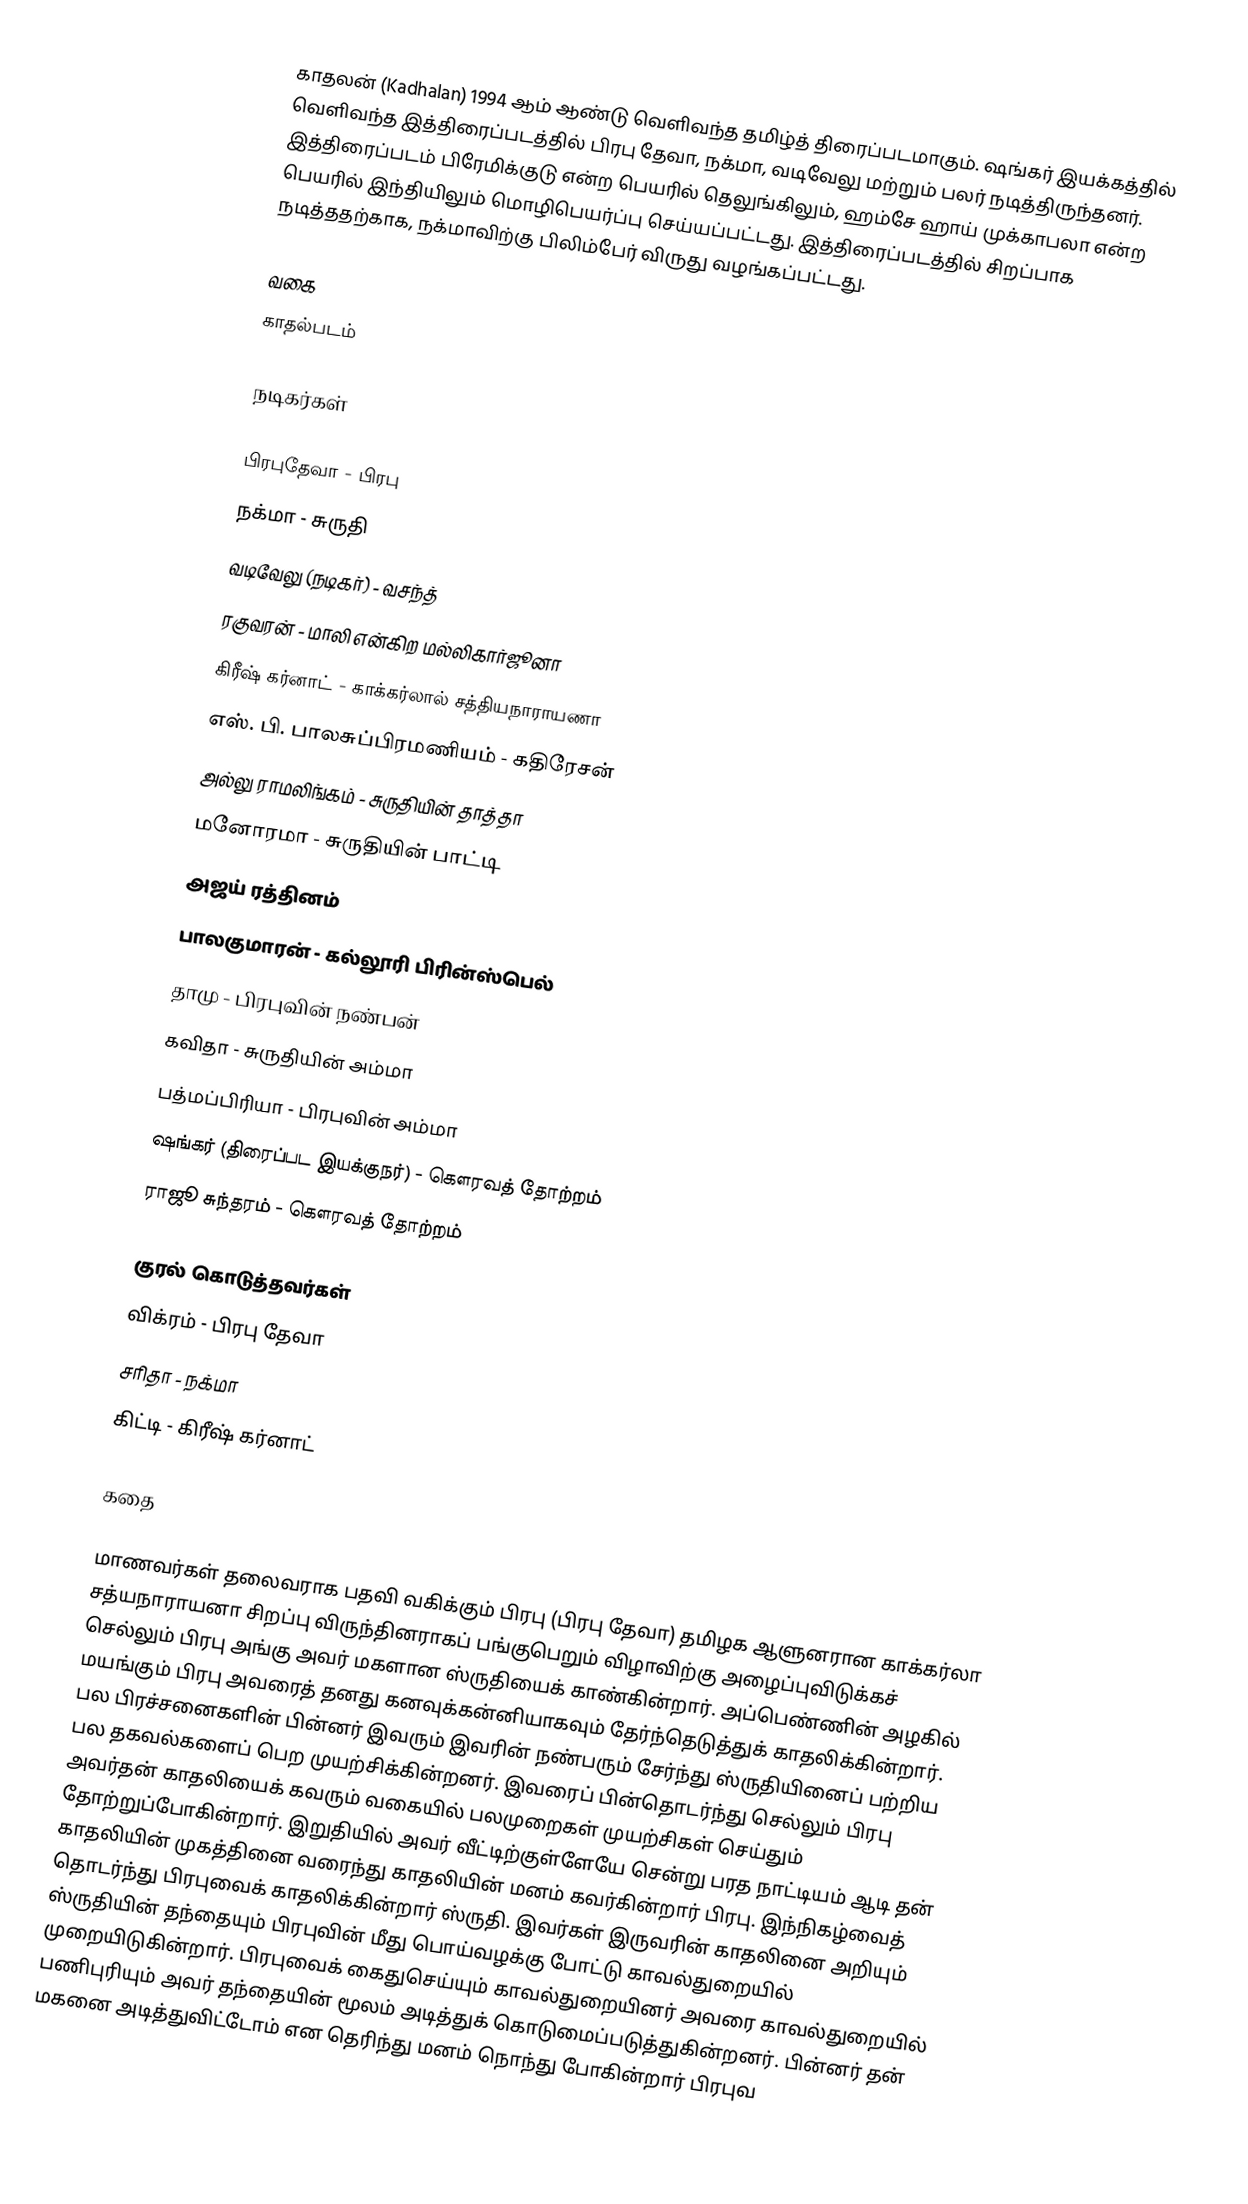
காதலன் (Kadhalan) 1994 ஆம் ஆண்டு வெளிவந்த தமிழ்த் திரைப்படமாகும். ஷங்கர் இயக்கத்தில் வெளிவந்த இத்திரைப்படத்தில் பிரபு தேவா, நக்மா, வடிவேலு மற்றும் பலர் நடித்திருந்தனர். இத்திரைப்படம் பிரேமிக்குடு என்ற பெயரில் தெலுங்கிலும், ஹம்சே ஹாய் முக்காபலா என்ற பெயரில் இந்தியிலும் மொழிபெயர்ப்பு செய்யப்பட்டது. இத்திரைப்படத்தில் சிறப்பாக நடித்ததற்காக, நக்மாவிற்கு பிலிம்பேர் விருது வழங்கப்பட்டது.

வகை
காதல்படம்

நடிகர்கள்

 பிரபுதேவா - பிரபு
 நக்மா - சுருதி
 வடிவேலு (நடிகர்) - வசந்த்
 ரகுவரன் - மாலி என்கிற மல்லிகார்ஜூனா
 கிரீஷ் கர்னாட் - காக்கர்லால் சத்தியநாராயணா
 எஸ். பி. பாலசுப்பிரமணியம் - கதிரேசன்
 அல்லு ராமலிங்கம் - சுருதியின் தாத்தா
 மனோரமா - சுருதியின் பாட்டி
 அஜய் ரத்தினம்
 பாலகுமாரன் - கல்லூரி பிரின்ஸ்பெல்
 தாமு - பிரபுவின் நண்பன்
 கவிதா - சுருதியின் அம்மா
 பத்மப்பிரியா - பிரபுவின் அம்மா
 ஷங்கர் (திரைப்பட இயக்குநர்) - கௌரவத் தோற்றம்
 ராஜூ சுந்தரம்  - கௌரவத் தோற்றம்

குரல் கொடுத்தவர்கள்
 விக்ரம் - பிரபு தேவா
 சரிதா - நக்மா
 கிட்டி - கிரீஷ் கர்னாட்

கதை

மாணவர்கள் தலைவராக பதவி வகிக்கும் பிரபு (பிரபு தேவா) தமிழக ஆளுனரான காக்கர்லா சத்யநாராயனா சிறப்பு விருந்தினராகப் பங்குபெறும் விழாவிற்கு அழைப்புவிடுக்கச் செல்லும் பிரபு அங்கு அவர் மகளான ஸ்ருதியைக் காண்கின்றார். அப்பெண்ணின் அழகில் மயங்கும் பிரபு அவரைத் தனது கனவுக்கன்னியாகவும் தேர்ந்தெடுத்துக் காதலிக்கின்றார். பல பிரச்சனைகளின் பின்னர் இவரும் இவரின் நண்பரும் சேர்ந்து ஸ்ருதியினைப் பற்றிய பல தகவல்களைப் பெற முயற்சிக்கின்றனர். இவரைப் பின்தொடர்ந்து செல்லும் பிரபு அவர்தன் காதலியைக் கவரும் வகையில் பலமுறைகள் முயற்சிகள் செய்தும் தோற்றுப்போகின்றார். இறுதியில் அவர் வீட்டிற்குள்ளேயே சென்று பரத நாட்டியம் ஆடி தன் காதலியின் முகத்தினை வரைந்து காதலியின் மனம் கவர்கின்றார் பிரபு. இந்நிகழ்வைத் தொடர்ந்து பிரபுவைக் காதலிக்கின்றார் ஸ்ருதி. இவர்கள் இருவரின் காதலினை அறியும் ஸ்ருதியின் தந்தையும் பிரபுவின் மீது பொய்வழக்கு போட்டு காவல்துறையில் முறையிடுகின்றார். பிரபுவைக் கைதுசெய்யும் காவல்துறையினர் அவரை காவல்துறையில் பணிபுரியும் அவர் தந்தையின் மூலம் அடித்துக் கொடுமைப்படுத்துகின்றனர். பின்னர் தன் மகனை அடித்துவிட்டோம் என தெரிந்து மனம் நொந்து போகின்றார் பிரபுவ